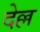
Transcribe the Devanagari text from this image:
देल्ल